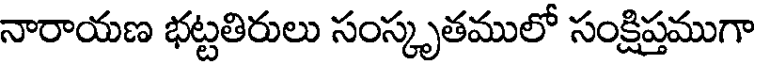
నారాయణ భట్టతిరులు సంస్కృతములో సంక్షిప్తముగా